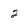
Character: 2